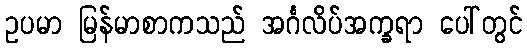
ဥပမာ မြန်မာစာကသည် အင်္ဂလိပ်အက္ခရာ ပေါ်တွင်